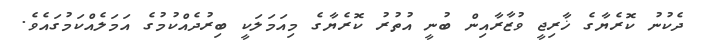
ދެކުނު ކޮރެޔާގެ ޚާރިޖީ ވުޒާރާއިން ބުނީ އުތުރު ކޮރެޔާގެ މިއަމަލަކީ ބިރުދެއްކުމުގެ އަމަލެއްކަމުގައެވެ.